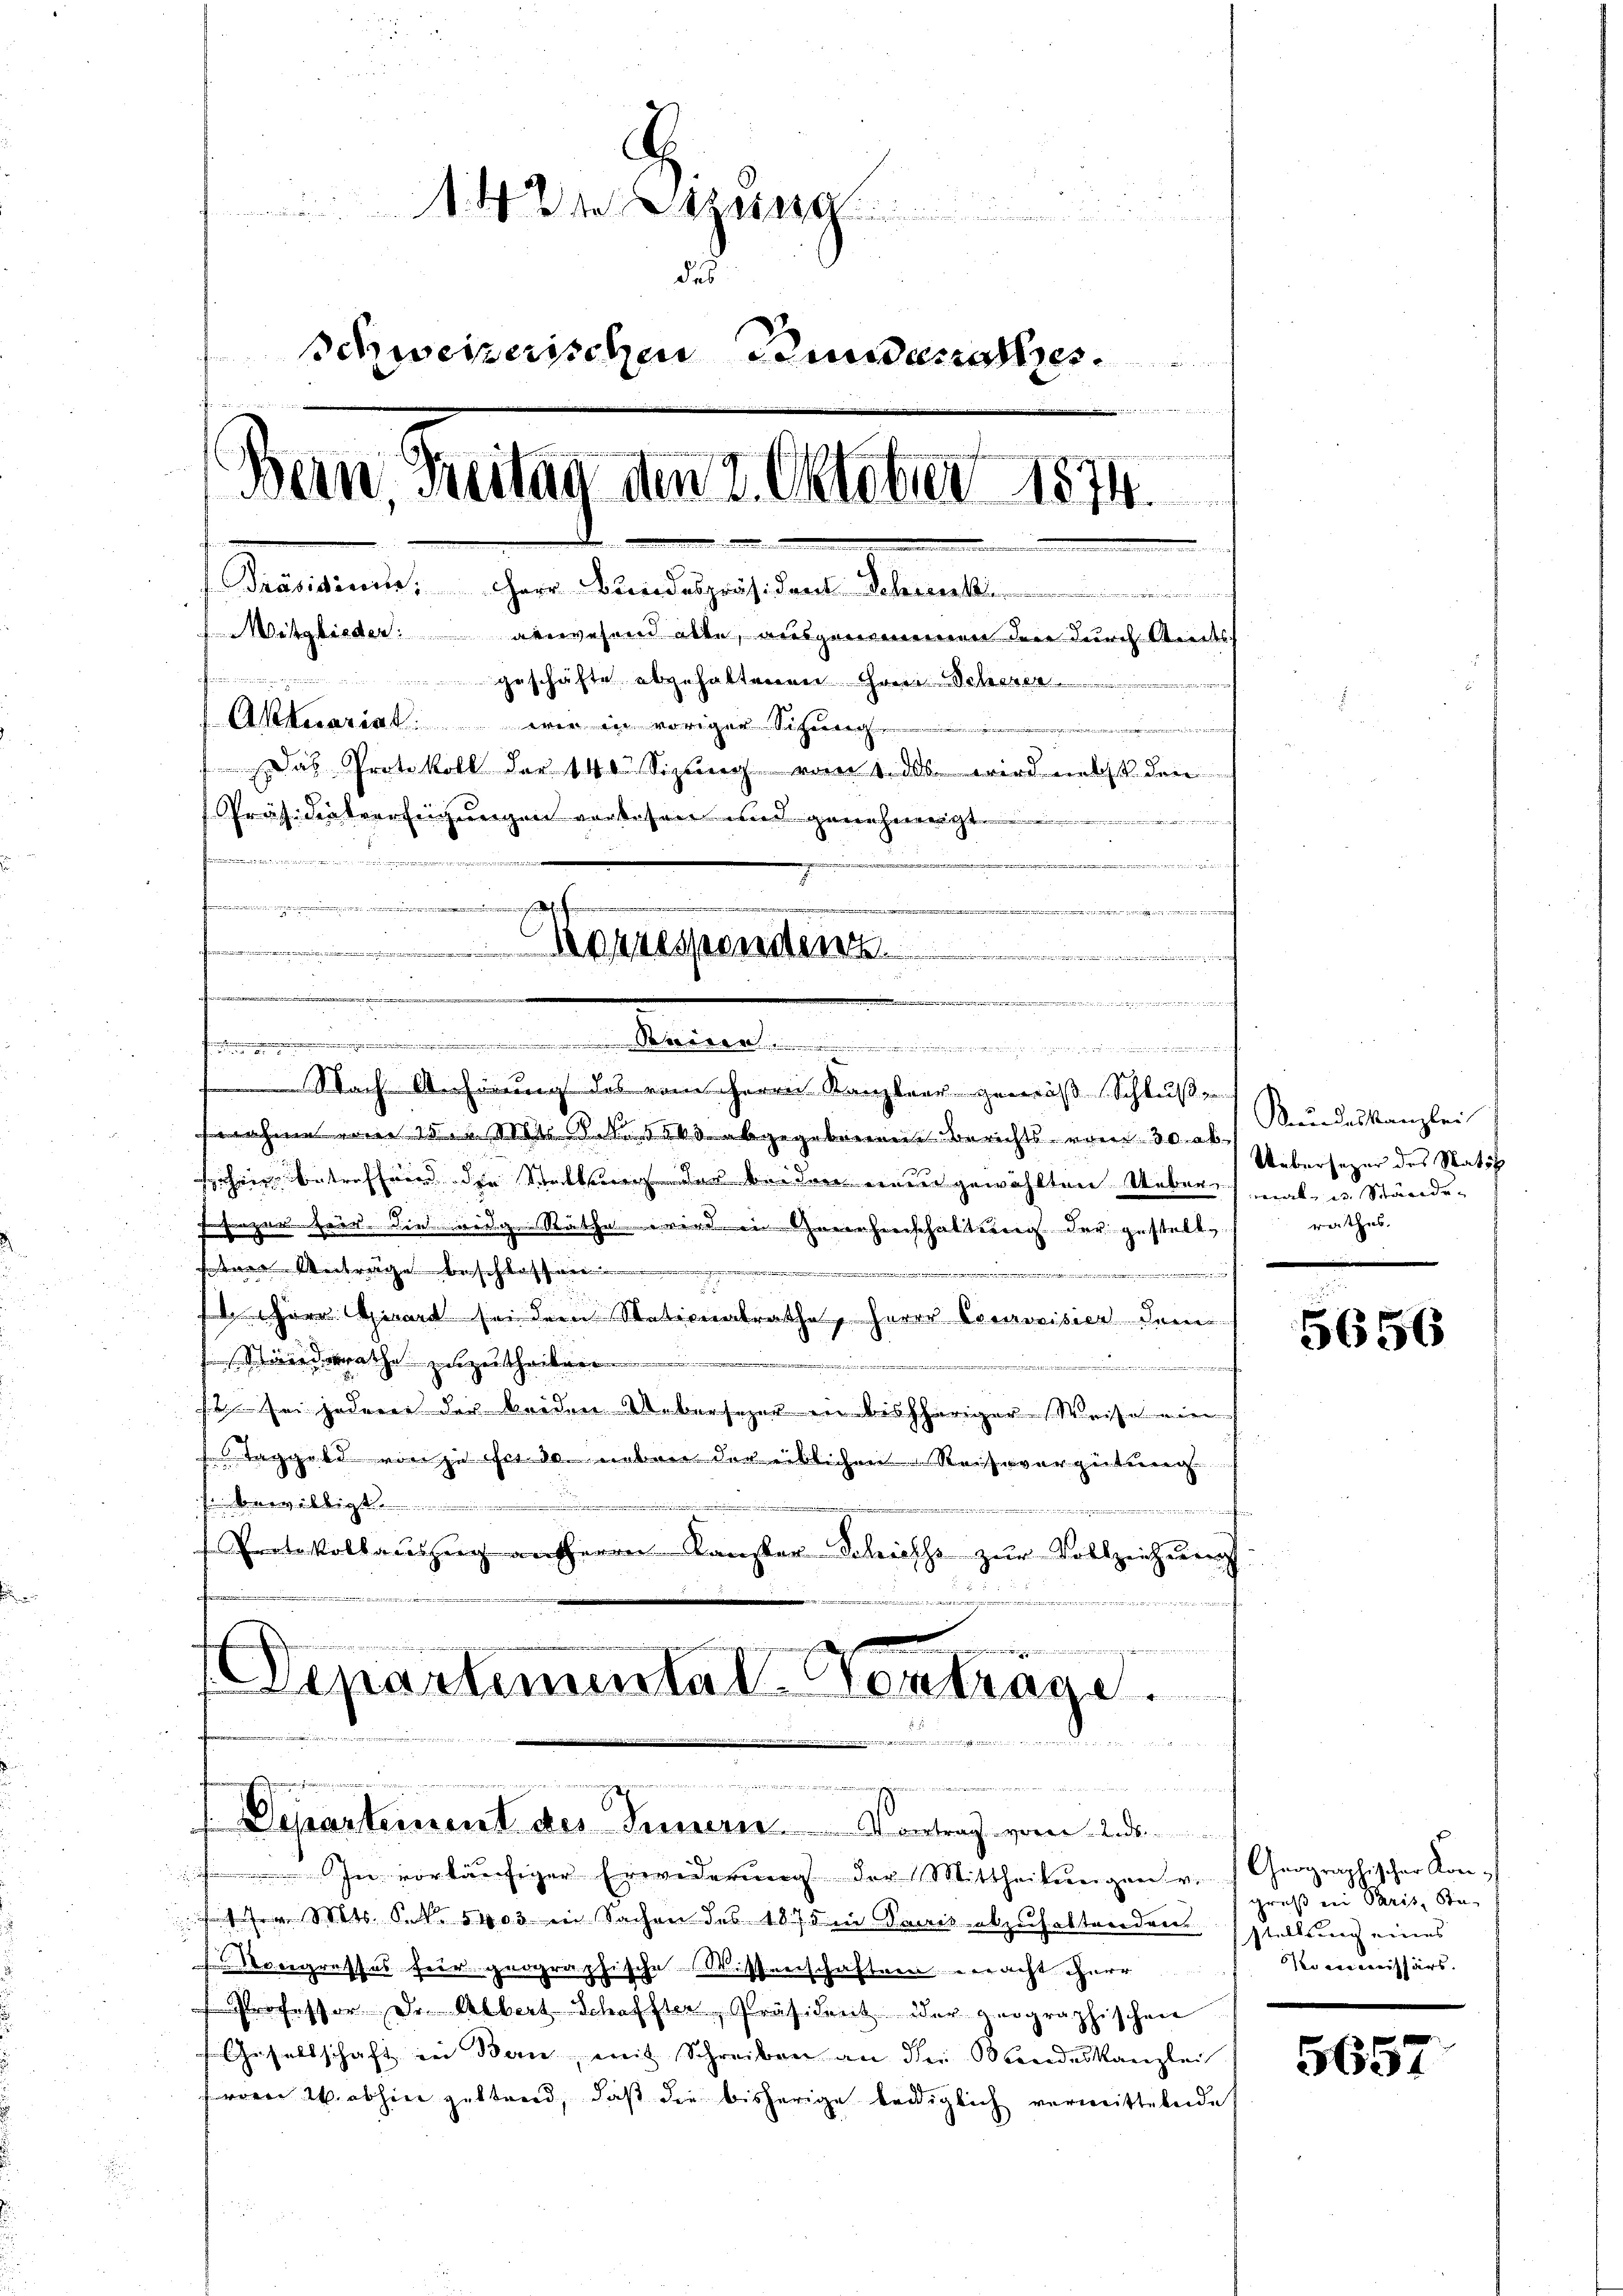
A
a
des
Schweizerischen Bundensatzes

e
Bern, Freitag am 2. Oktober 1874.
Senatentes ihre Kunstgestand damit
Mitglieder:
anwesend alle, ausgenommen der durch Streitss
te
geschäfte abgehaltenen Gemi-Schenen .....
Aktuariat wir in voriger Sichung
it der
Das Protokoll der 140. Sizŭng vom 1. das wird nebst den
Präsidentverfeigungen vorlesen und genehmigt.
d
e
h
temmungen
h
 ..  . . . . . . . . . . .
.......................................

nahme vom 1. Mir S. 553 abgegebenen Berichts vom 30. ab
sohin betreffend der Stattung des beiden neuer gewählten Ueber, nat- u. Stände-
Gesanzen Heer die weige Räthe wie in Genehmenschaftung der gestelle
ne Anträge beschlossen
.
 Herr Gerart sei der Nationalrathe, Herrn Courvoisier dem
dtrathe anzuschriben
mt einer
 sei jederen der beiden Uebersezer in bisheriger Weise ein
Taggeld von zu Fr. 30. neben der üblichen Reisevergütung
fenen über
 Protokollauszug ausherrn Kanzler Schicht zŭr Vollziehŭng
2

den und dieser die des nur der einen |
.............................................................
Nach Anhörung des vom Herrn Kanzler gemäß Schluße

Departemental Vortrage.
.

/. Departement des Innern Vortrag vom 2. d.

In vorläufiger Erwiderung der Mittheilungen v. Geographischer Kon¬
 Mts. S. 5403 in Sachen des 1875 in Pacis abzuhaltenden stellung eines
a
Moregresses für geograph
sche Wissenschaften eracht herr
Professor Dr. Albert Schaffter, Präsident der geographischen
Gesellschaft in Bern, mit Schreiben an die Wandeskanzlei
 W. abhin geltend, daß die bisherige beidiglich vermittelnde

Stundeskanzlei
Uebersezes des Ratif
rathes.

5656

groß ein Paris, Sta
Kommissärs.

5657